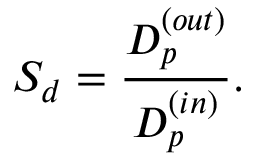
{ \cal S } _ { d } = { \frac { D _ { p } ^ { ( o u t ) } } { D _ { p } ^ { ( i n ) } } } .